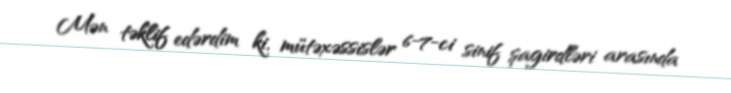
Mən təklif edərdim ki, mütəxəssislər 6-7-ci sinif şagirdləri arasında